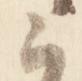
云